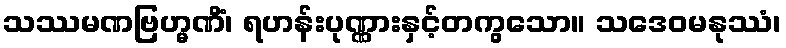
သဿမဏဗြဟ္မဏိံ၊ ရဟန်းပုဏ္ဏားနှင့်တကွသော။ သဒေဝမနုဿံ၊